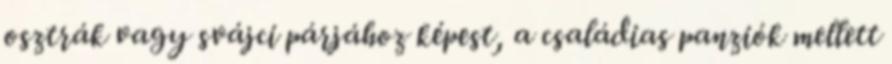
osztrák vagy svájci párjához képest, a családias panziók mellett